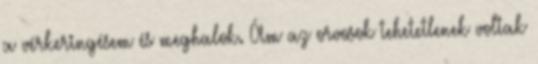
a vérkeringésem és meghalok. Ám az orvosok tehetetlenek voltak